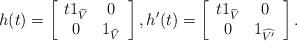
LaTeX: \begin{align*}h(t) = \left[\begin{array}{cc}t1_{\widetilde{V}} & 0\\0 & 1_{\widehat{V}}\end{array}\right],h'(t) = \left[\begin{array}{cc}t1_{\widetilde{V}} & 0\\0 & 1_{\widehat{V'}}\end{array}\right].\end{align*}